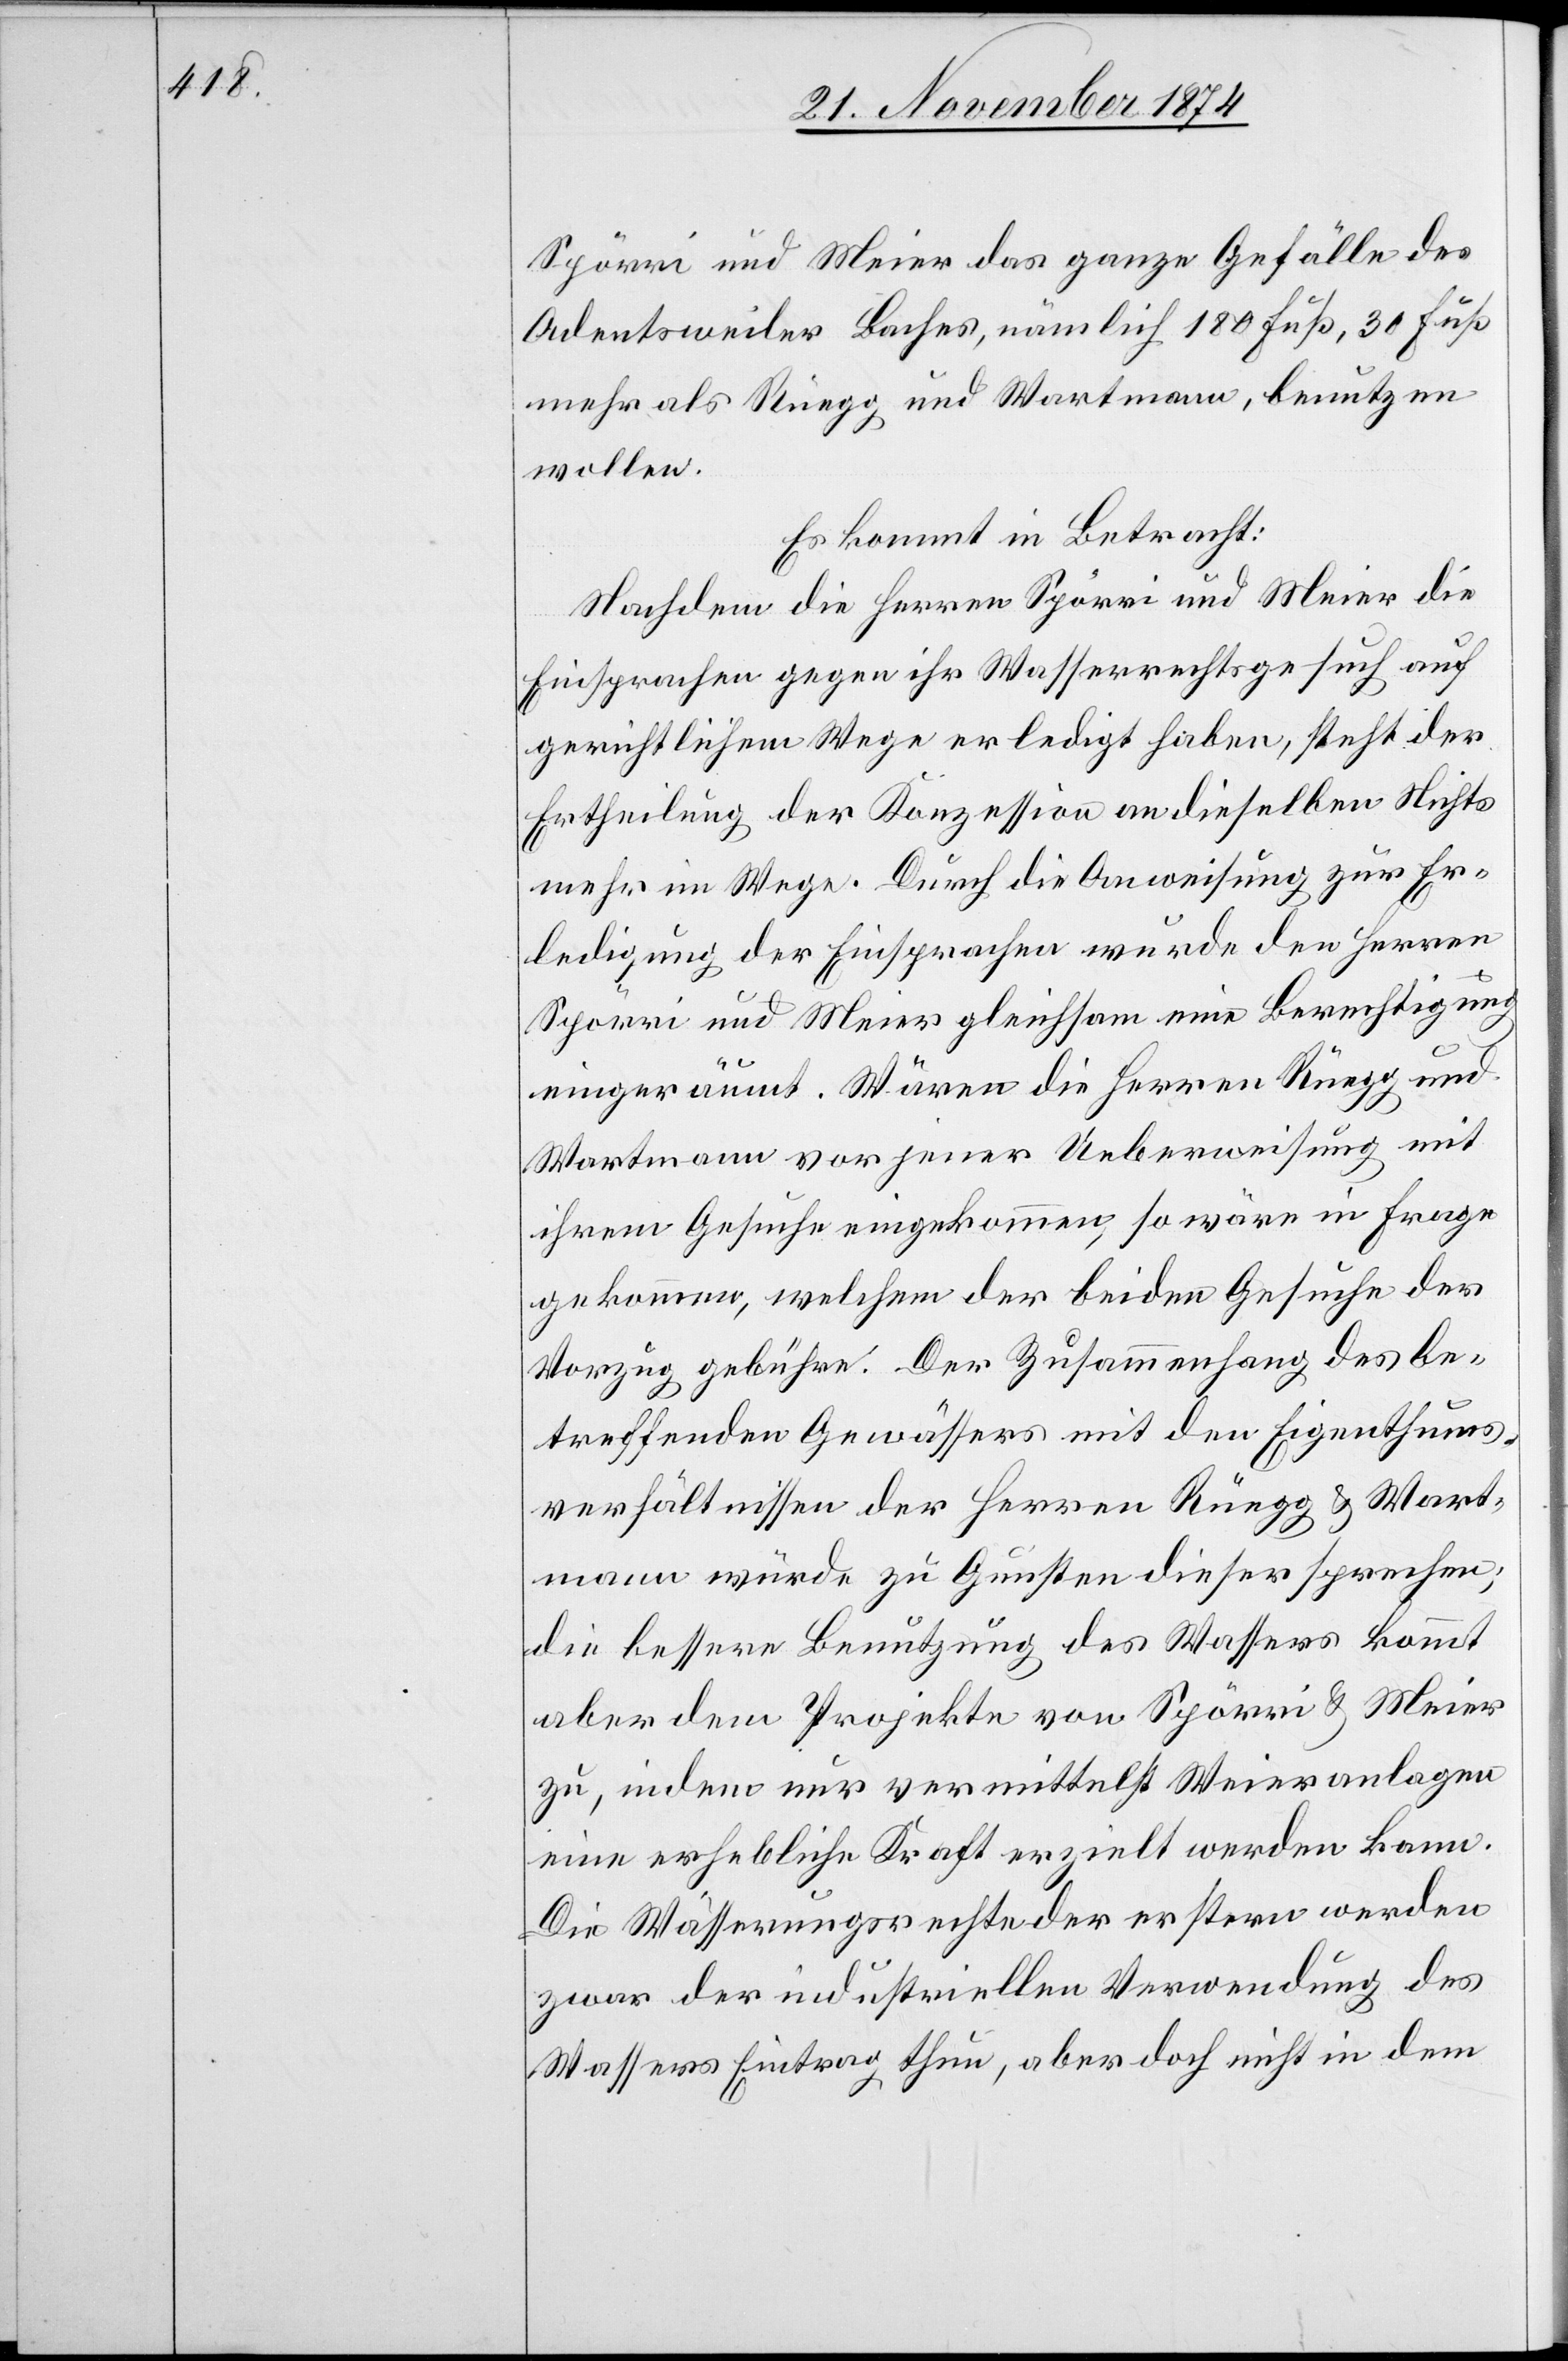
Spörri und Meier das ganze Gefälle des
Adentsweiler Baches, nämlich 180 Fuß, 30 Fuß
mehr als Rüegg und Wartmann, benutzen
wollen.
Es kommt in Betracht:
Nachdem die Herren Spörri und Meier die
Einsprachen gegen ihr Wasserrechtsgesuch auf
gerichtlichem Wege erledigt haben, steht der
Ertheilung der Konzession an dieselben Nichts
mehr im Wege. Durch die Anweisung zur Er¬
ledigung der Einsprachen wurde den Herren
Spörri und Meier gleichsam eine Berechtigung
eingeräumt. Wären die Herren Rüegg und
Wartmann vor jener Ueberweisung mit
ihrem Gesuche eingekommen, so wäre in Frage
gekommen, welchem der beiden Gesuche der
Vorzug gebühre. Der Zusammenhang des be¬
treffenden Gewässers mit den Eigenthums¬
verhältnissen der Herren Rüegg & Wart¬
mann würde zu Gunsten dieser sprechen;
die bessere Benutzung des Wassers kommt
aber dem Projekte von Spörri & Meier
zu, indem nur vermittelst Weieranlagen
eine erhebliche Kraft erzielt werden kann.
Die Wässerungsrechte der erstern werden
zwar der industriellen Verwendung des
Wassers Eintrag thun, aber doch nicht in dem